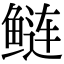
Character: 鲢